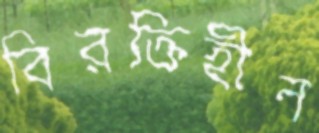
বিরক্তিহীন